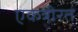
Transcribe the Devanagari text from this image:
एकत्रीरत